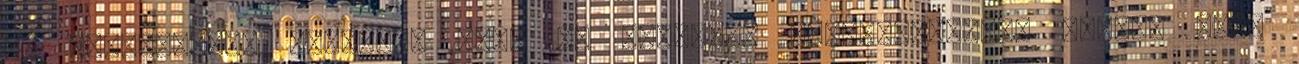
az ünnepségre. Törőcsik Pál: Az újságból értesülhettünk arról, hogy